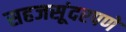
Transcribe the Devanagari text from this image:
सहजसूंदरपणे